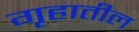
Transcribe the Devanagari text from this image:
गृहातील